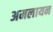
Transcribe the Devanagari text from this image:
अमलायन